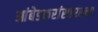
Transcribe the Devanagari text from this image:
आंबेडकरांसारख्या